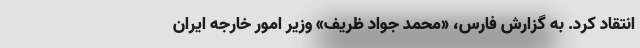
انتقاد کرد. به گزارش فارس، «محمد جواد ظریف» وزیر امور خارجه ایران